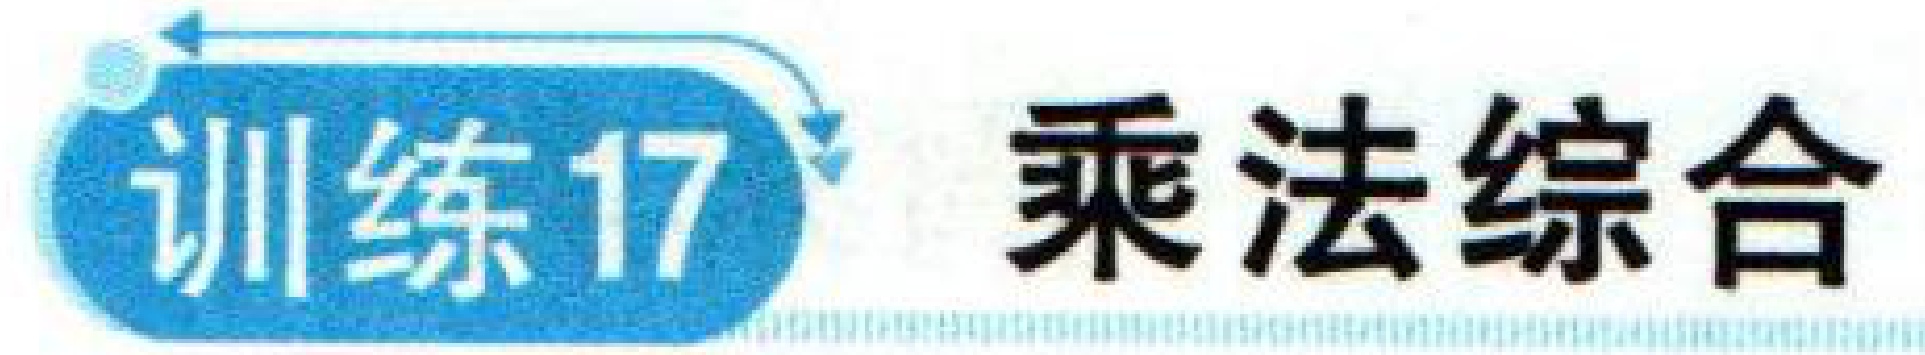
![训练17](https://pic2.zhimg.com/v2-8c8c8c8c8c8c8c8c8c8c8c8c8c8c8c8c_b.jpg) 乘法综合